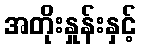
အတိုးနှုန်းနှင့်